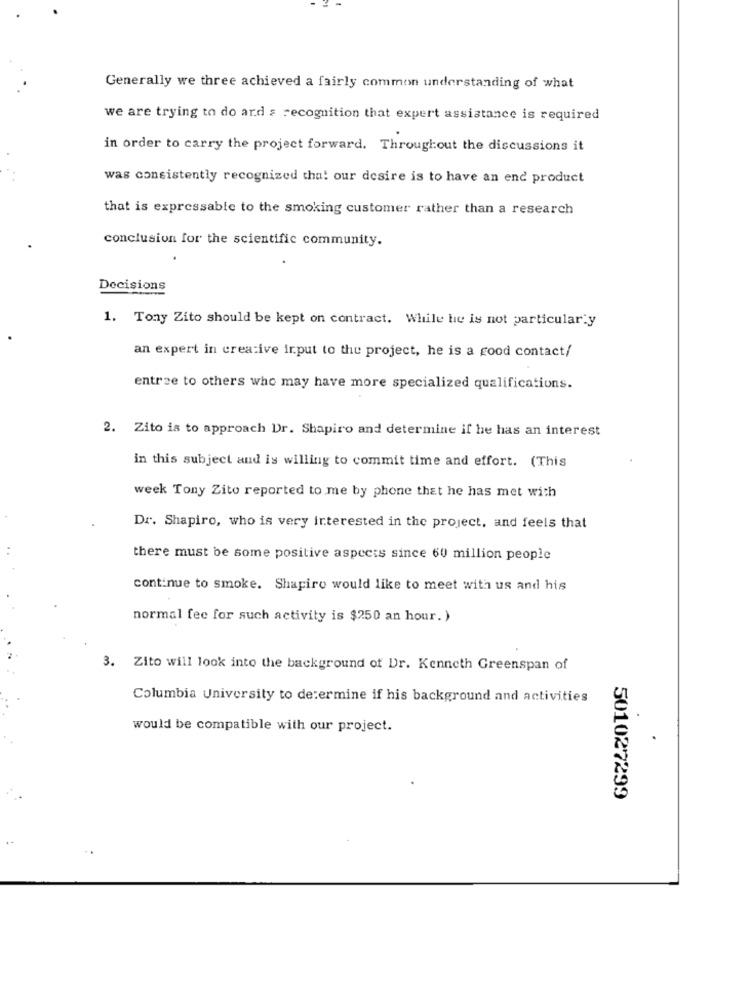
Generally we three achieved a fairly common understanding of what
we are trying to do ard : recognition that expert assistance is required
in order to carry the project forward. Throughout the discussions it
was consistently recognized tha! our desire is to have an end product
that is expressable to the smoking customer rather than a research
conclusion for the scientific community.
Decisions
1. Tony Zito should be kept on contract. While he is not particularly
an expert in creative irput to the project, he is a good contact/
entree to others who may have more specialized qualifications.
2. Zito is to approach Dr. Shapiro and determine if he has an interest
in this subject and is willing to commit time and effort. (This
week Tony Zito reported to me by phone that he has met with
Dr. Shapiro, who is very interested in the project, and feels that
there must be some positive aspects since 60 million people
continue to smoke. Shapiro would like to meet with us and his
normal fee for such activity is $250 an hour. )
3. Zito will look into the background of Dr. Kenneth Greenspan of
Columbia University to de:ermine if his background and activities
would be compatible with our project.
501027299